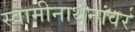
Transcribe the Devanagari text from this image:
स्वामीनाथनांवर